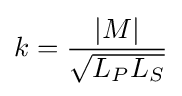
k={\frac {\left|M\right|}{\sqrt {L_{P}L_{S}}}}